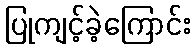
ပြုကျင့်ခဲ့ကြောင်း